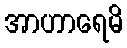
အာဟာရေမိ